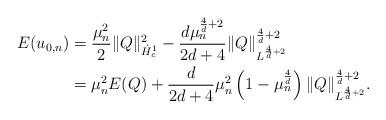
LaTeX: \begin{align*}E(u_{0,n}) &= \frac{\mu_n^2}{2} \|Q\|^2_{\dot{H}^1_c} -\frac{d\mu_n^{\frac{4}{d}+2}}{2d+4} \|Q\|^{\frac{4}{d}+2}_{L^{\frac{4}{d}+2}} \\&= \mu_n^2 E(Q) + \frac{d}{2d+4} \mu_n^2 \left(1- \mu_n^{\frac{4}{d}} \right) \|Q\|^{\frac{4}{d}+2}_{L^{\frac{4}{d}+2}}.\end{align*}